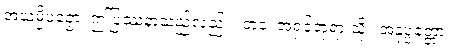
အယမ္ပိပဉှော၊ ဤပြဿနာသည်လည်း။ တဝ၊ အရှင်ဘုရားသို့။ အနုပ္ပတ္တော၊